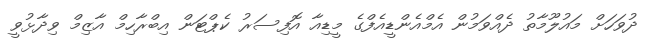
ދުވަަހަށް މައުލޫމާތު ދެއްވަމުން އެމްއެންޑީއެފްގެ މީޑިއާ އޮފިސަރު ކެޕްޓަން އިބްރާހިމް އާޒިމް ވިދާޅުވީ